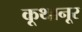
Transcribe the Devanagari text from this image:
कूथानूर